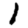
Digit: 1